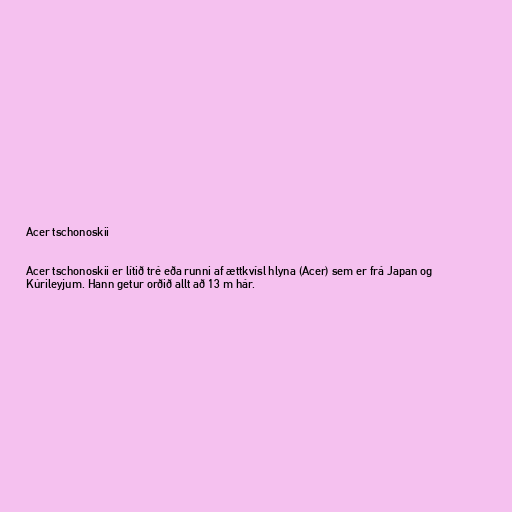
Acer tschonoskii

Acer tschonoskii er lítið tré eða runni af ættkvísl hlyna (Acer) sem er frá Japan og
Kúrileyjum. Hann getur orðið allt að 13 m hár.